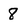
Character: 8